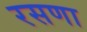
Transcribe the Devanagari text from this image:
रसणा